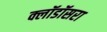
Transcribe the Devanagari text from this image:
क्लॉडॉसरा